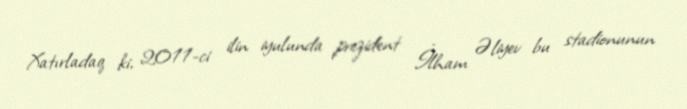
Xatırladaq ki, 2011-ci ilin iyulunda prezident İlham Əliyev bu stadionunun